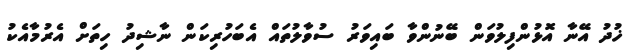
ޚުދު އޭނާ އޮޅުންފިލުވަން ބޭނުންވާ ބައިވަރު ސުވާލުތައް އެބަހުރިކަން ނާޝިދު ހިތަށް އެރުމާއެކު